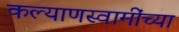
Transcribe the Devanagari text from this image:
कल्याणस्वामींच्या